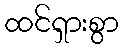
ထင်ရှားစွာ